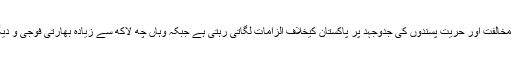
یاد رہے کہ بھارتی حکومت مقبوضہ جمّوں و کشمیر میں مقامی لوگوں کی بھارت مخالفت اور حریت پسندوں کی جدوجہد پر پاکستان کیخلاف الزامات لگاتی رہتی ہے جبکہ وہاں چھ لاکھ سے زیادہ بھارتی فوجی و دیگر فورسز نے مقامی کشمیریوں کیخلاف پُرتشدد کارروائیاں جاری رکھی ہوئی ہیں۔